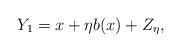
LaTeX: \begin{align*} Y_{1} = x+\eta b(x)+Z_{\eta},\end{align*}